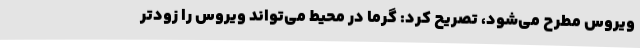
ویروس مطرح می‌شود، تصریح کرد: گرما در محیط می‌تواند ویروس را زودتر